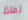
لماذا